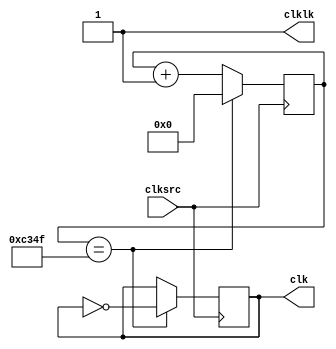

// Basys clockspeed is 50Mhz by default,


module clock(clksrc, clk, clklk);
	input clksrc;
	output reg clk;
	output clklk;
	
	localparam threshold = 50000; // mclk freq / target freq or mclk freq * wait_time
 	reg [31:0] count;
	
	assign clklk = 1;
	
	always @ (posedge(clksrc)) begin
		if (count == threshold - 1) begin
			count <= 32'b0;
			clk <= ~clk;
		end else begin
			count <= count + 1;
			clk <= clk;
		end
	end
	
endmodule